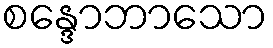
စန္ဒောဘာသော